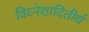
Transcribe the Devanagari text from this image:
विघ्नेशादितीर्थ